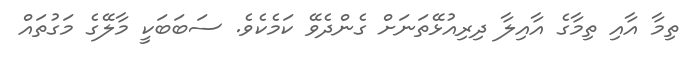
ތިމާ އާއި ތިމާގެ އާއިލާ ދިރިއުޅޭތަނަށް ގެންދެވޭ ކަމެކެވެ. ސަބަބަކީ މާލޭގެ މަގުތައް